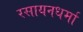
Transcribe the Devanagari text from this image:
रसायनधर्मा